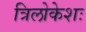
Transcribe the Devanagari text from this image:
त्रिलोकेशः